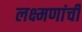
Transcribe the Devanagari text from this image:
लक्ष्मणांची